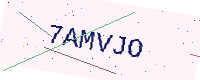
Text: 7AMVJO